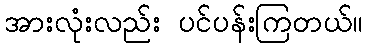
အားလုံးလည်း ပင်ပန်းကြတယ်။